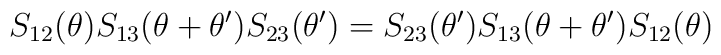
S_{12}(\theta )S_{13}(\theta +\theta ^{\prime })S_{23}(\theta ^{\prime})=S_{23}(\theta ^{\prime })S_{13}(\theta +\theta ^{\prime })S_{12}(\theta )